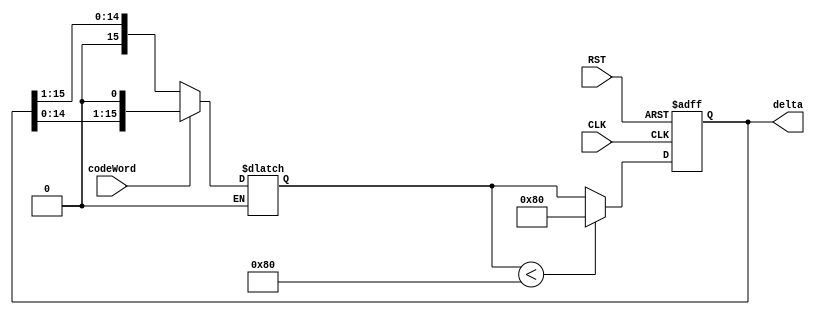
`timescale 1ns / 1ps
//////////////////////////////////////////////////////////////////////////////////
// Company: 
// Engineer: 
// 
// Design Name: 
// Module Name: DELTA
// Project Name: 
// Target Devices: 
// Tool Versions: 
// Description: 
// 
// Dependencies: 
// 
// Revision:
// Revision 0.01 - File Created
// Additional Comments:
// 
//////////////////////////////////////////////////////////////////////////////////


//module DELTA #(parameter WLI = 1, WLF = 15, WL = WLI + WLF)(
//    input CLK, RST,
//    input codeWord,
//    output reg signed [WL-1:0] delta
//    );
//    reg signed [WL-1:0] deltaP1, deltaMin, deltaMax; 
//    wire signed [WL-1:0] deltaUnclipped;
//    initial begin deltaMin = 'b0000000010000000; deltaMax = 'b0111111111111111; delta = 'b0000000010000000; end
//    DELTA_PLUS #(.WLI(WLI),.WLF(WLF)) DELTA_P1 (.delta(delta),.codeWord(codeWord),.deltaP1(deltaUnclipped));
//    always @(*) begin 
//        if(deltaUnclipped < deltaMin)
//            deltaP1 = deltaMin;
//        else 
//            deltaP1 = deltaUnclipped;
//    end
//    always @(posedge CLK) begin
//        delta <= deltaP1;
//    end
//    always @(RST) begin
//        if (RST) begin
//            delta <= 'b0000000010000000;
//        end
//    end
//endmodule
`define DELTA_MIN 16'b0000000010000000 //0.0039

module DELTA#(parameter  WLI = 1, WLF = 15, WL = WLI + WLF)
    (
    input RST, CLK, codeWord,
    output reg [WL-1:0] delta
    );
    reg signed [WL-1:0] deltaP1, deltaUnclipped; 
    wire [WL-1:0] deltaDiv, deltaMult;
    assign deltaDiv = delta >>> 1;
    assign deltaMult = delta <<< 1;
    
    always @(*) begin
        if (codeWord == 'b0)
            deltaUnclipped = deltaDiv;
        else if (codeWord == 'b1) 
            deltaUnclipped = deltaMult;
    end
    always @(*) begin 
        if(deltaUnclipped < `DELTA_MIN)
            deltaP1 = `DELTA_MIN;
        else 
            deltaP1 = deltaUnclipped;
    end

    always@(posedge CLK, posedge RST)begin 
        if(RST==1) delta <= `DELTA_MIN;
        else delta <= deltaP1;
    end

endmodule